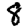
Digit: 8